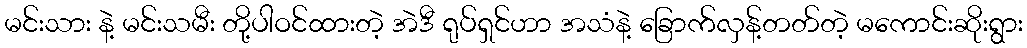
မင်းသား နဲ့ မင်းသမီး တို့ပါဝင်ထားတဲ့ အဲဒီ ရုပ်ရှင်ဟာ အသံနဲ့ ခြောက်လှန့်တတ်တဲ့ မကောင်းဆိုးရွား